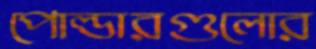
পোল্ডারগুলোর